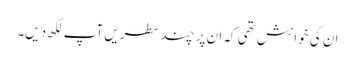
ان کی خواہش تھی کہ ان پر چند سطریں آپ لکھ دیں۔